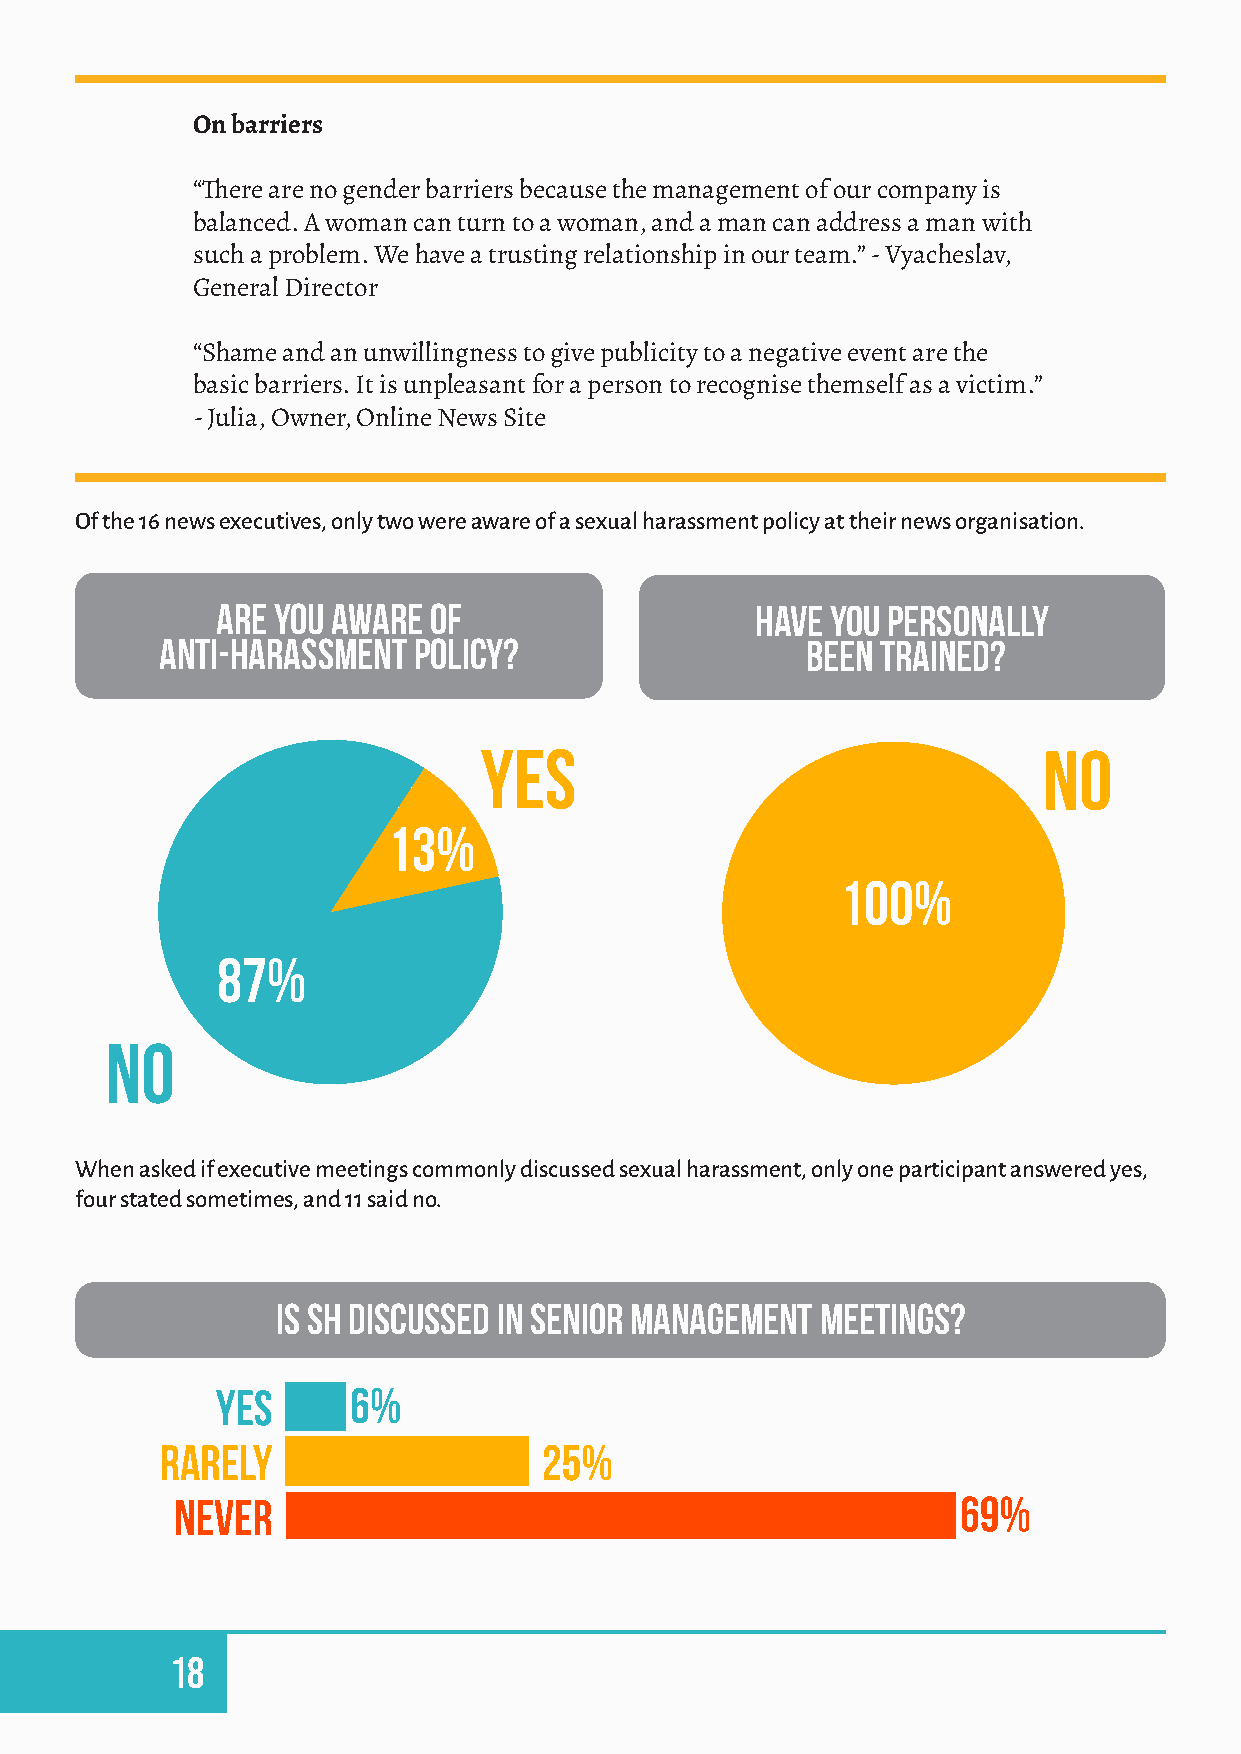
On barriers
 “There are no gender barriers because the management of our company is
 balanced. A woman can turn to a woman, and a man can address a man with
 such a problem. We have a trusting relationship in our team.” - Vyacheslav,
 General Director
 “Shame and an unwillingness to give publicity to a negative event are the
 basic barriers. It is unpleasant for a person to recognise themself as a victim.”
 - Julia, Owner, Online News Site
 Of the 16 news executives, only two were aware of a sexual harassment policy at their news organisation.
 Are you aware of                    Have you personally
 anti-harassment policy?                   been trained?
 YES                                  no
 13%
 100%
 87%
 NO
 When asked if executive meetings commonly discussed sexual harassment, only one participant answered yes,
 four stated sometimes, and 11 said no.
 Is SH discussed in senior management meetings?
 yes      6%
 rarely                   25%
 never                                               69%
 0     10    20     30    40     50    60     70    80
 18